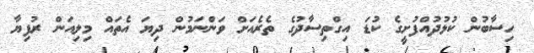
ހިސާބުން ކުޅުދުއްފުށީގެ ކުޑަ އިގްތިސާދުގެ ތެރެއަށް ވަންނަމުން ދިޔަ އެތައް މިލިއަން ރުފިޔާ